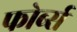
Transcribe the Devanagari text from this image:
फोर्ब्‍स